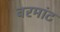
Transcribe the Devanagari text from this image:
वरमांट